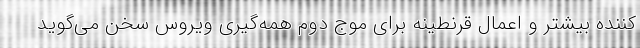
کننده بیشتر و اعمال قرنطینه برای موج دوم همه‌گیری ویروس سخن می‌گوید